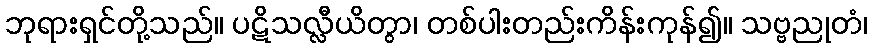
ဘုရားရှင်တို့သည်။ ပဋိသလ္လီယိတွာ၊ တစ်ပါးတည်းကိန်းကုန်၍။ သဗ္ဗညုတံ၊